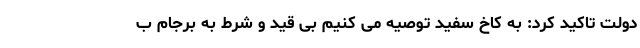
دولت تاکید کرد: به کاخ سفید توصیه می کنیم بی قید و شرط به برجام ب